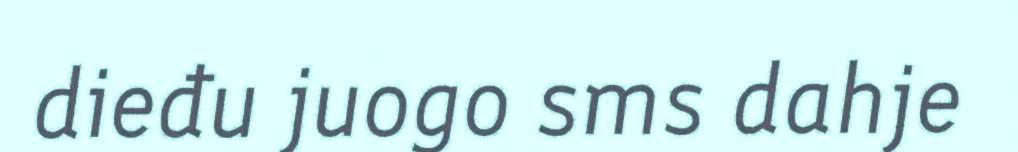
dieđu juogo sms dahje